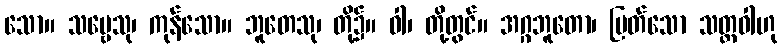
သော။ သဗ္ဗေသု၊ ကုန်သော။ ဘူတေသု၊ တို့၌။ ဝါ၊ တို့တွင်။ အဂ္ဂဘူတော၊ မြတ်သော သတ္တဝါဟု